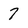
Character: 7